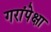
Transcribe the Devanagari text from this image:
गरांपेक्षा